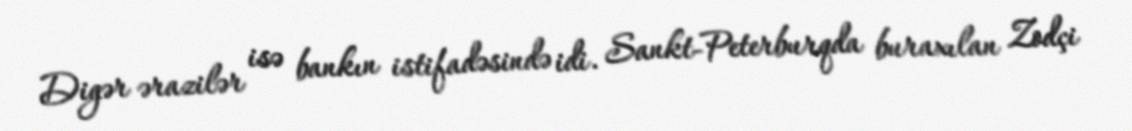
Digər ərazilər isə bankın istifadəsində idi. Sankt-Peterburqda buraxılan Zodçi